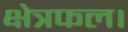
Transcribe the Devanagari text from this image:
क्षेत्रफल।